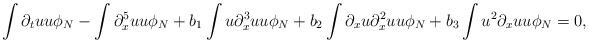
LaTeX: \begin{align*}\int\partial_tuu\phi_N-\int\partial_x^5uu\phi_N+b_1\int u\partial_x^3uu\phi_N+b_2\int \partial_xu\partial_x^2uu\phi_N+b_3\int u^2\partial_xuu\phi_N=0,\end{align*}